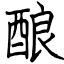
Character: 酿